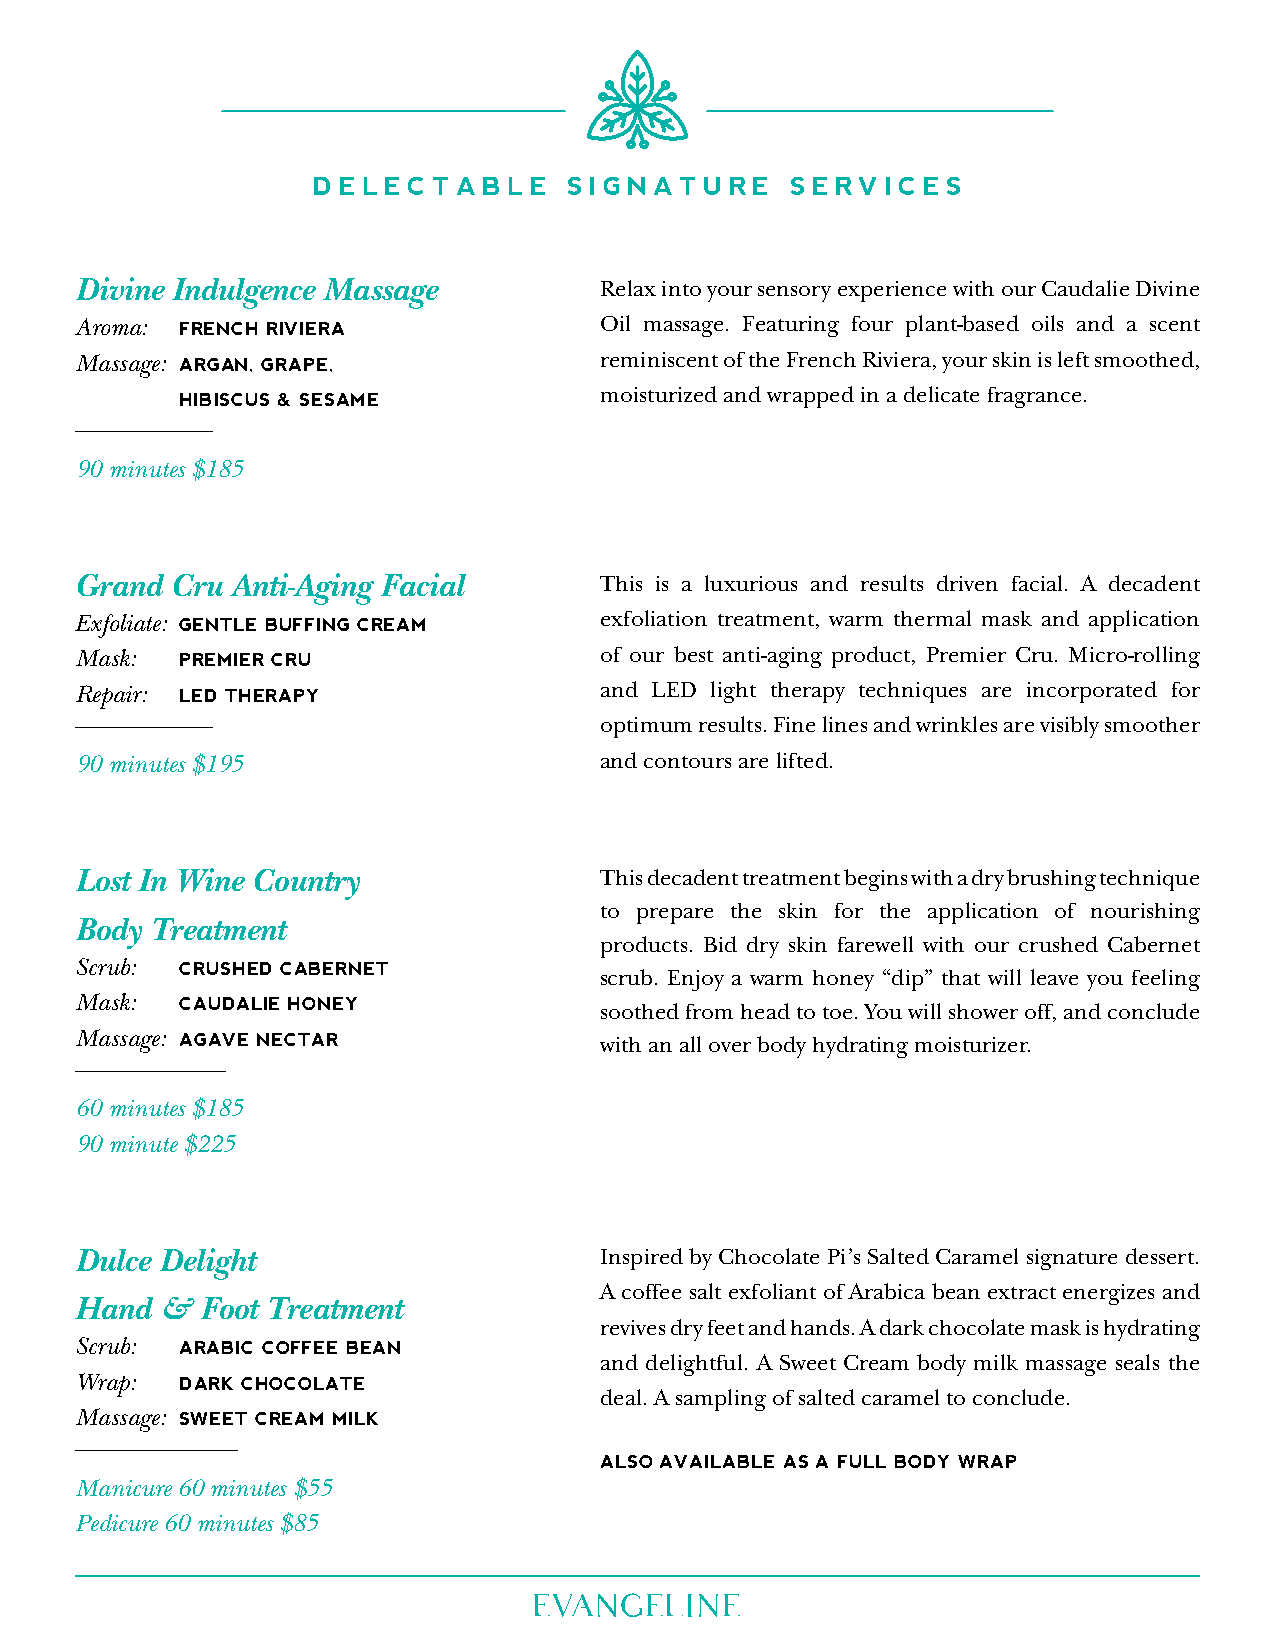
delectable      SiGnature    ServiceS
 Divine Indulgence Massage          Relax into your sensory experience with our Caudalie Divine
 Aroma: frencH riviera              Oil massage. Featuring four plant-based oils and a scent
 Massage: arGan, Grape,             reminiscent of the French Riviera, your skin is left smoothed,
 moisturized and wrapped in a delicate fragrance.
 HibiScuS & SeSame
 ___________
 90 minutes $185
 Grand Cru Anti-Aging Facial        This is a luxurious and results driven facial. A decadent
 Exfoliate: Gentle buffinG cream    exfoliation treatment, warm thermal mask and application
 Mask:  premier cru                 of our best anti-aging product, Premier Cru. Micro-rolling
 Repair: led tHerapy                and LED light therapy techniques are incorporated for
 ___________
 optimum results. Fine lines and wrinkles are visibly smoother
 90 minutes $195                    and contours are lifted.
 Lost In Wine Country               This decadent treatment begins with a dry brushing technique
 to prepare the skin for the application of nourishing
 Body Treatment
 products. Bid dry skin farewell with our crushed Cabernet
 Scrub: cruSHed cabernet
 scrub. Enjoy a warm honey “dip” that will leave you feeling
 Mask:  caudalie Honey              soothed from head to toe. You will shower off, and conclude
 Massage: aGave nectar              with an all over body hydrating moisturizer.
 ____________
 60 minutes $185
 90 minute $225
 Dulce Delight                      Inspired by Chocolate Pi’s Salted Caramel signature dessert.
 A coffee salt exfoliant of Arabica bean extract energizes and
 Hand  & Foot Treatment
 revives dry feet and hands. A dark chocolate mask is hydrating
 Scrub: arabic coffee bean
 and delightful. A Sweet Cream body milk massage seals the
 Wrap:  dark cHocolate
 deal. A sampling of salted caramel to conclude.
 Massage: Sweet cream milk
 _____________
 alSo available aS a full body wrap
 Manicure 60 minutes $55
 Pedicure 60 minutes $85